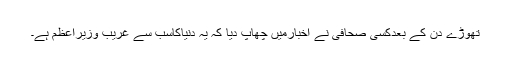
تھوڑے دن کے بعدکسی صحافی نے اخبارمیں چھاپ دیا کہ یہ دنیاکاسب سے غریب وزیراعظم ہے۔